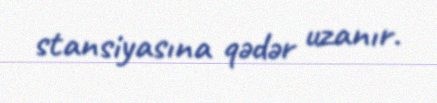
stansiyasına qədər uzanır.